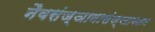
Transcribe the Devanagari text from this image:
नैवसंज्ञानासंज्ञायतन